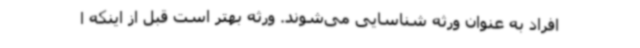
افراد به عنوان ورثه شناسایی می‌شوند. ورثه بهتر است قبل از اینکه ا